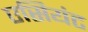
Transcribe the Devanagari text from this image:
एसियंट